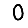
Digit: 0